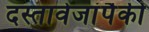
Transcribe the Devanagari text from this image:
दस्तावेजांपैकी